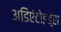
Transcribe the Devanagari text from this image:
अडिएंटोइड्स